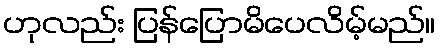
ဟုလည်း ပြန်ပြောမိပေလိမ့်မည်။